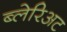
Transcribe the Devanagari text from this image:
ब्लेरिअट